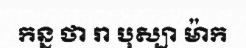
កន្ន ថា រា បុស្បា ម៉ាក